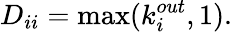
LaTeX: D_{ii}=\operatorname*{max}(k_{i}^{out},1).